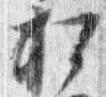
松